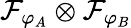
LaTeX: \mathcal{F}_{\varphi_{A}}\otimes\mathcal{F}_{\varphi_{B}}